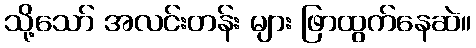
သို့သော် အလင်းတန်း များ ဖြာထွက်နေဆဲ။